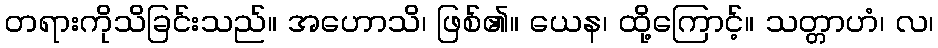
တရားကိုသိခြင်းသည်။ အဟောသိ၊ ဖြစ်၏။ ယေန၊ ထို့ကြောင့်။ သတ္တာဟံ၊ လ၊